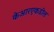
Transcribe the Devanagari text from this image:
केआरएकडील